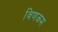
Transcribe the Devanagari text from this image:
विणकम